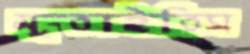
মুতাইতিস